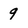
Character: 9